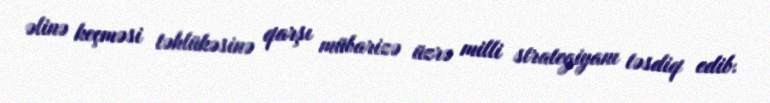
əlinə keçməsi təhlükəsinə qarşı mübarizə üzrə milli strategiyanı təsdiq edib.